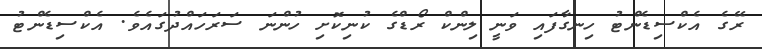
ރޭގެ އެކްސިޑެންޓު ހިނގާފައި ވަނީ ލިންކް ރޯޑްގެ ކުނިކޮށި ހުންނަ ސަރަހައްދުގައެވެ. އެކްސިޑެންޓު